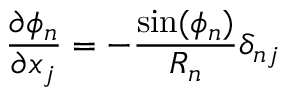
\frac { \partial \phi _ { n } } { \partial x _ { j } } = - \frac { \sin ( \phi _ { n } ) } { R _ { n } } \delta _ { n j }